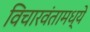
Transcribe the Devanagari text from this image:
विचारवंतामध्ये